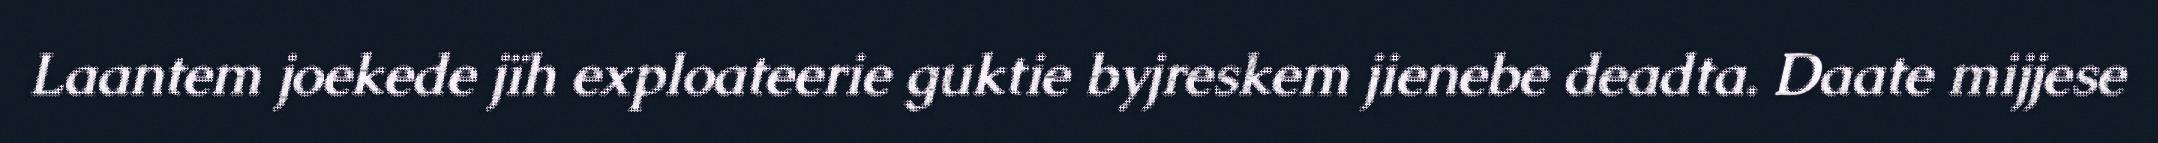
Laantem joekede jïh exploateerie guktie byjreskem jienebe deadta. Daate mijjese